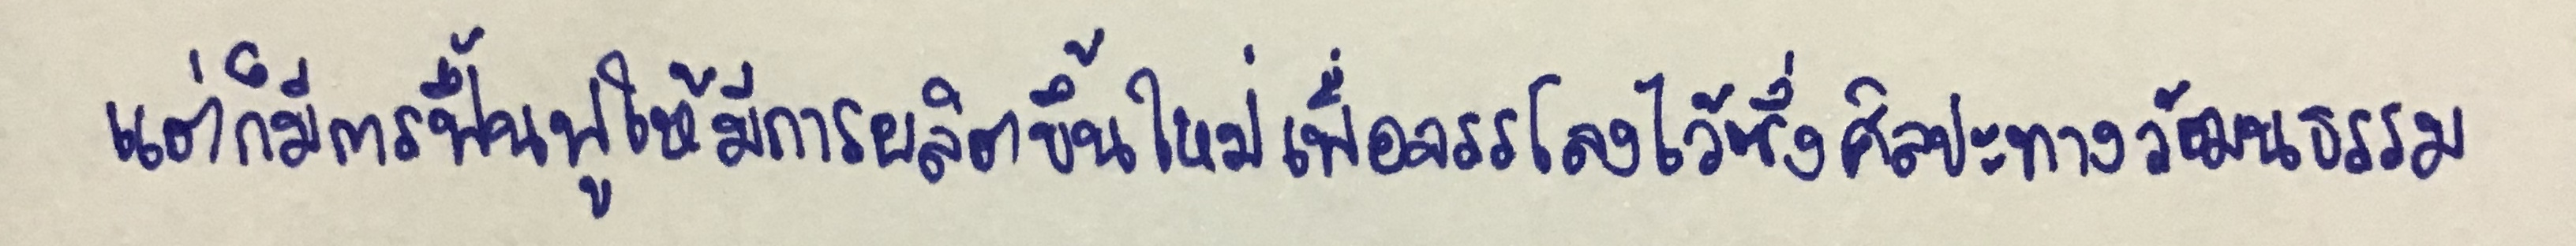
แต่ก็มีการฟื้นฟูให้มีการผลิตขึ้นใหม่เพื่อจรรโลงไว้ซึ่งศิลปะทางวัฒนธรรม